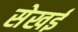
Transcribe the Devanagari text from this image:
सेखई